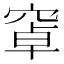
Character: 窧